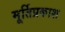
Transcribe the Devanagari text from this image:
मूर्तिप्रकाश